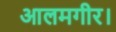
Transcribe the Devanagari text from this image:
आलमगीर।